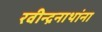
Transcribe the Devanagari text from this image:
रवीन्द्रनाथांना